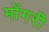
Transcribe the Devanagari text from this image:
मोंगरी